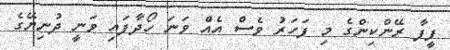
ފީފާ ރޭންކިންގެ މި ފަހަރު ވެސް އެއް ވަނަ ހޯދާފައި ވަނީ ދުނިޔޭގެ